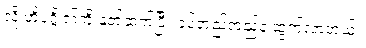
လို့ ဟိုပုဂ္ဂိုလ်ကို နှုတ်ဆက်ပြီး ခပ်တည်တည်နဲ့ ထွက်လာတယ်။